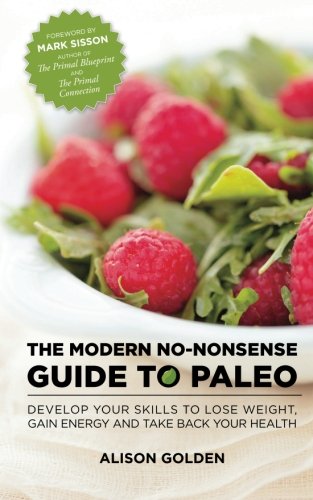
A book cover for The Modern No-Nonsense Guide to Paleo: Develop Your Skills to Lose Weight, Gain Energy and Take Back Your Health; Alison Golden; Health, Fitness & Dieting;